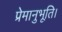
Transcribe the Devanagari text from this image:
प्रेमानुभूति।